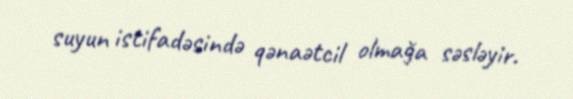
suyun istifadəsində qənaətcil olmağa səsləyir.